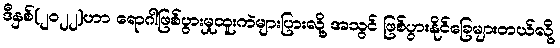
ဒီနှစ်(၂၀၂၂)ဟာ ရောဂါဖြစ်ပွားမှုထူးကဲများပြားလို့ အသွင် ဖြစ်ပွားနိုင်ခြေများတယ်လို့